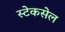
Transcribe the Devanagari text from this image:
स्टेकसेल